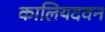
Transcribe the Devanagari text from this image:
कालियदवन